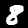
Label: 8